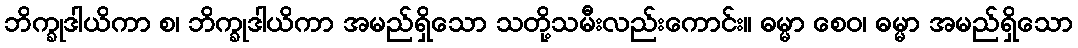
ဘိက္ခုဒါယိကာ စ၊ ဘိက္ခုဒါယိကာ အမည်ရှိသော သတို့သမီးလည်းကောင်း။ ဓမ္မာ စေဝ၊ ဓမ္မာ အမည်ရှိသော